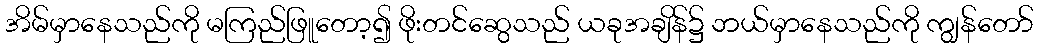
အိမ်မှာနေသည်ကို မကြည်ဖြူတော့၍ ဖိုးတင်ဆွေသည် ယခုအချိန်၌ ဘယ်မှာနေသည်ကို ကျွန်တော်